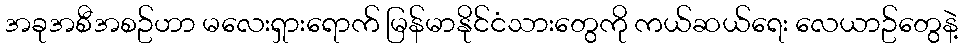
အခုအစီအစဥ်ဟာ မလေးရှားရောက် မြန်မာနိုင်ငံသားတွေကို ကယ်ဆယ်ရေး လေယာဥ်တွေနဲ့